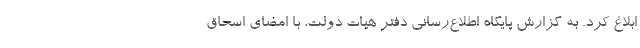
ابلاغ کرد. به گزارش پایگاه اطلاع‌رسانی دفتر هیات دولت، با امضای اسحاق